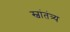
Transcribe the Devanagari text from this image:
स्वांतंत्र्य